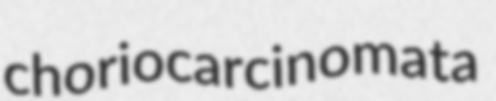
choriocarcinomata